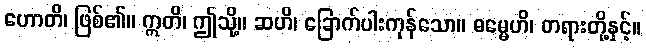
ဟောတိ၊ ဖြစ်၏။ ဣတိ၊ ဤသို့။ ဆဟိ၊ ခြောက်ပါးကုန်သော။ ဓမ္မေဟိ၊ တရားတို့နှင့်။